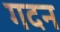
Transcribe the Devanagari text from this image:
गदन